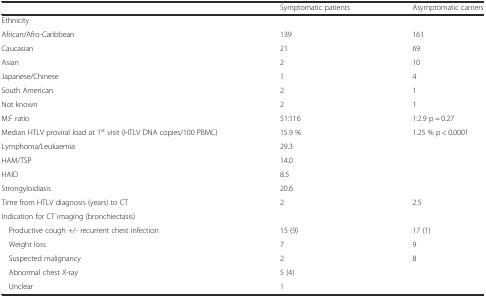
|  | Symptomatic patients | Asymptomatic carriers |
 | --- | --- | --- |
 | Ethnicity |  |  |
 | African/Afro-Caribbean | 139 | 161 |
 | Caucasian | 21 | 69 |
 | Asian | 2 | 10 |
 | Japanese/Chinese | 1 | 4 |
 | South American | 2 | 1 |
 | Not known | 2 | 1 |
 | M:F ratio | 51:116 | 1:2.9 p = 0.27 |
 | Median HTLV proviral load at 1st visit (HTLV DNA copies/100 PBMC) | 15.9 % | <ROWSPAN=5> 1.25 % p < 0.0001 |
 | Lymphoma/Leukaemia | 29.3 |
 | HAM/TSP | 14.0 |
 | HAID | 8.5 |
 | Strongyloidiasis | 20.6 |
 | Time from HTLV diagnosis (years) to CT | 2 | 2.5 |
 | Indication for CT imaging (bronchiectasis) |  |  |
 | Productive cough +/- recurrent chest infection | 15 (9) | 17 (1) |
 | Weight loss | 7 | 9 |
 | Suspected malignancy | 2 | <ROWSPAN=3> 8 |
 | Abnormal chest X-ray | 5 (4) |
 | Unclear | 1 |